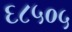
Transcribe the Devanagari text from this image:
६८५०५